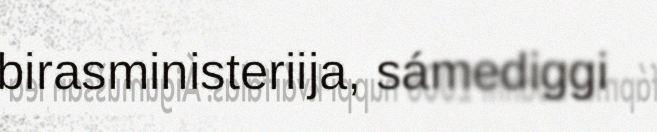
birasministeriija, sámediggi